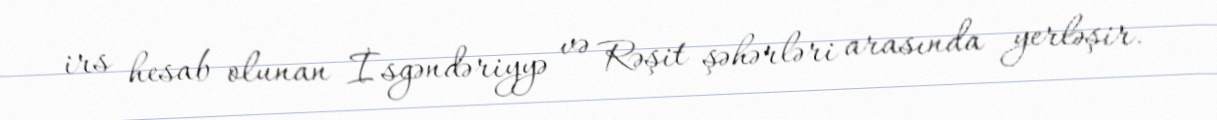
irs hesab olunan İsgəndəriyyə və Rəşit şəhərləri arasında yerləşir.